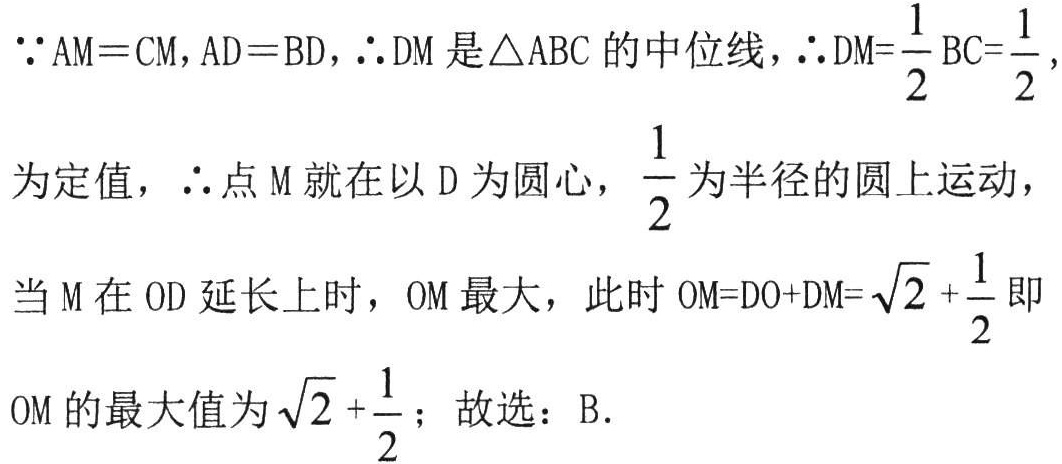
\(\because AM = CM, AD = BD, \therefore DM\)是\(\triangle ABC\)的中位线，\(\therefore DM = \dfrac{1}{2}BC=\dfrac{1}{2}\)，
为定值，\(\therefore\)点\(M\)就在以\(D\)为圆心，\(\dfrac{1}{2}\)为半径的圆上运动，
当\(M\)在\(OD\)延长上时，\(OM\)最大，此时\(OM = DO + DM=\sqrt{2}+\dfrac{1}{2}\)即
\(OM\)的最大值为\(\sqrt{2}+\dfrac{1}{2}\)；故选：B.